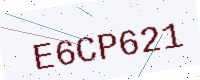
Text: E6CP621